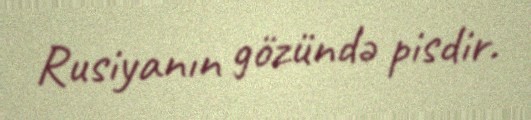
Rusiyanın gözündə pisdir.